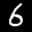
Label: 6